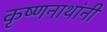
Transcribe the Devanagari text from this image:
कृष्णनाथांनी